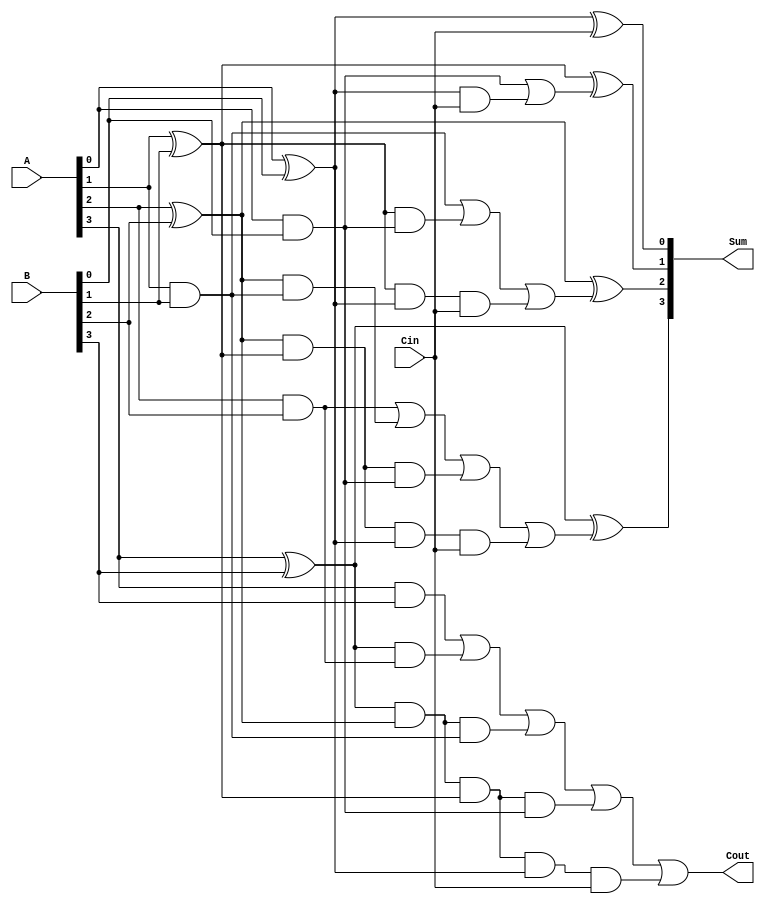
// 4 bit Carry Look ahead Adder


module CarryLookAhead_Adder(Sum, Cout, A, B, Cin);
	output [3:0]Sum;
	output Cout;
	input [3:0]A,B;
	input Cin;
	wire G0,P0,G1,P1,G2,P2,G3,P3,C1,C2,C3;

assign P0 = A[0]^B[0], P1 = A[1]^B[1], P2 = A[2]^B[2], P3 = A[3]^B[3],
       G0 = A[0]&B[0], G1 = A[1]&B[1], G2 = A[2]&B[2], G3 = A[3]&B[3];
 
assign C1 = G0|(P0&Cin), C2 = G1|(P1&G0)|(P1&P0&Cin), C3 = G2|(P2&G1)|(P2&P1&G0)|(P2&P1&P0&Cin), 
       Cout = G3|(P3&G2)|(P3&P2&G1)|(P3&P2&P1&G0)|(P3&P2&P1&P0&Cin);

assign Sum[0]= P0^Cin, Sum[1]= P1^C1, Sum[2]= P2^C2, Sum[3]= P3^C3;


endmodule 


module CarryLookAhead_Adder_tb();
	wire [3:0]Sum;
	wire Cout;
	reg [3:0]A,B;
	reg Cin;

CarryLookAhead_Adder uut(Sum, Cout, A, B, Cin);

initial begin
	A = 4'd10;
	B = 4'd15;
	Cin = 1'b0;
	A = #50 4'd10;
	B = #50 4'd15;
	Cin = #90 1'b0;

end
endmodule